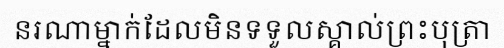
នរណាម្នាក់ដែលមិនទទួលស្គាល់ព្រះបុត្រា